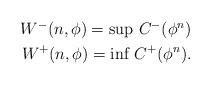
LaTeX: \begin{align*}\begin{aligned}W^{-}(n,\phi) = \textnormal{sup }C^{-}(\phi^{n})\\W^{+}(n,\phi) = \textnormal{inf }C^{+}(\phi^{n}).\end{aligned}\end{align*}